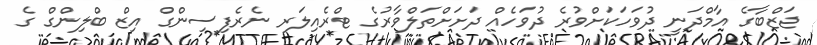
ޖަޒްބާގެ އާމްދަނީ ދުވަހަކަށްވުރެ ދުވަހެއް ދަށަށްތަލްވާރުގެ ޓްރެއިލަރ ނެރެފިސިންގް އިޒް ބްލިންގް ގެ